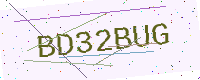
Text: BD32BUG